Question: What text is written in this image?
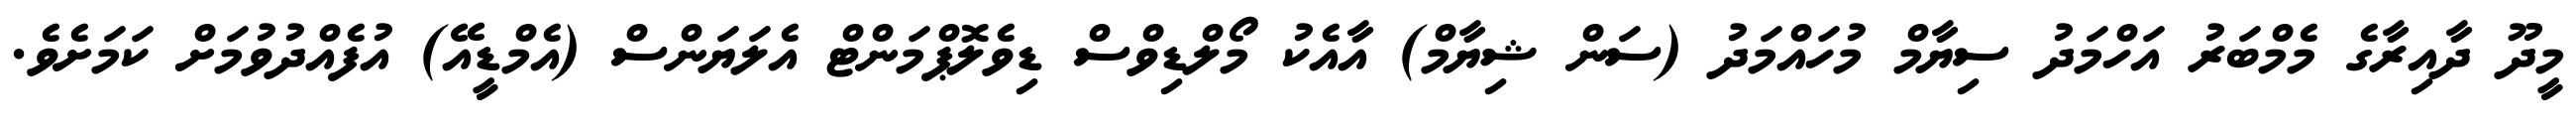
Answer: މީދޫ ދާއިރާގެ މެމްބަރު އަހްމަދު ސިޔާމް މުހައްމަދު (ސަން ޝިޔާމް) އާއެކު މޯލްޑިވްސް ޑިވެލޮޕްމަންޓް އެލަޔަންސް (އެމްޑީއޭ) އުފެއްދުވުމަށް ކަމަށެވެ.